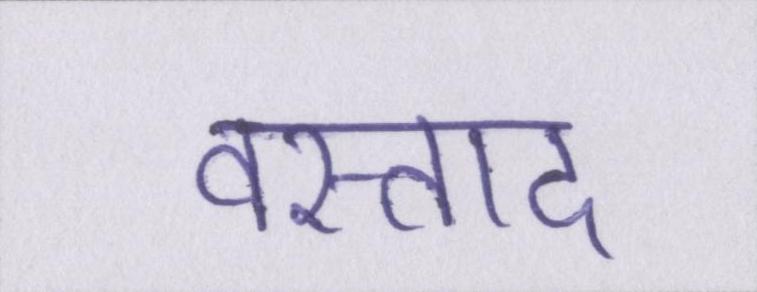
वस्ताद